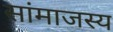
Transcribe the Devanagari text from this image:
सांमाजस्य